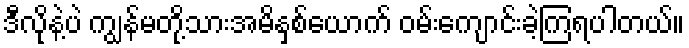
ဒီလိုနဲ့ပဲ ကျွန်မတို့သားအမိနှစ်ယောက် ဝမ်းကျောင်းခဲ့ကြရပါတယ်။